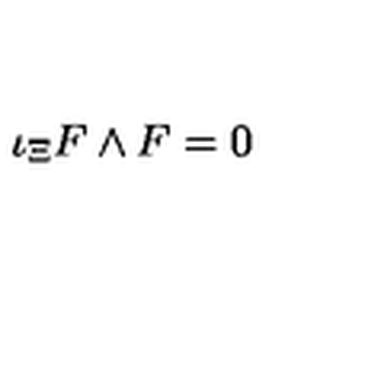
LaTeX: \iota _ { \Xi } F \wedge F = 0